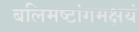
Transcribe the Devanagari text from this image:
बलिमष्टांगमक्षयं